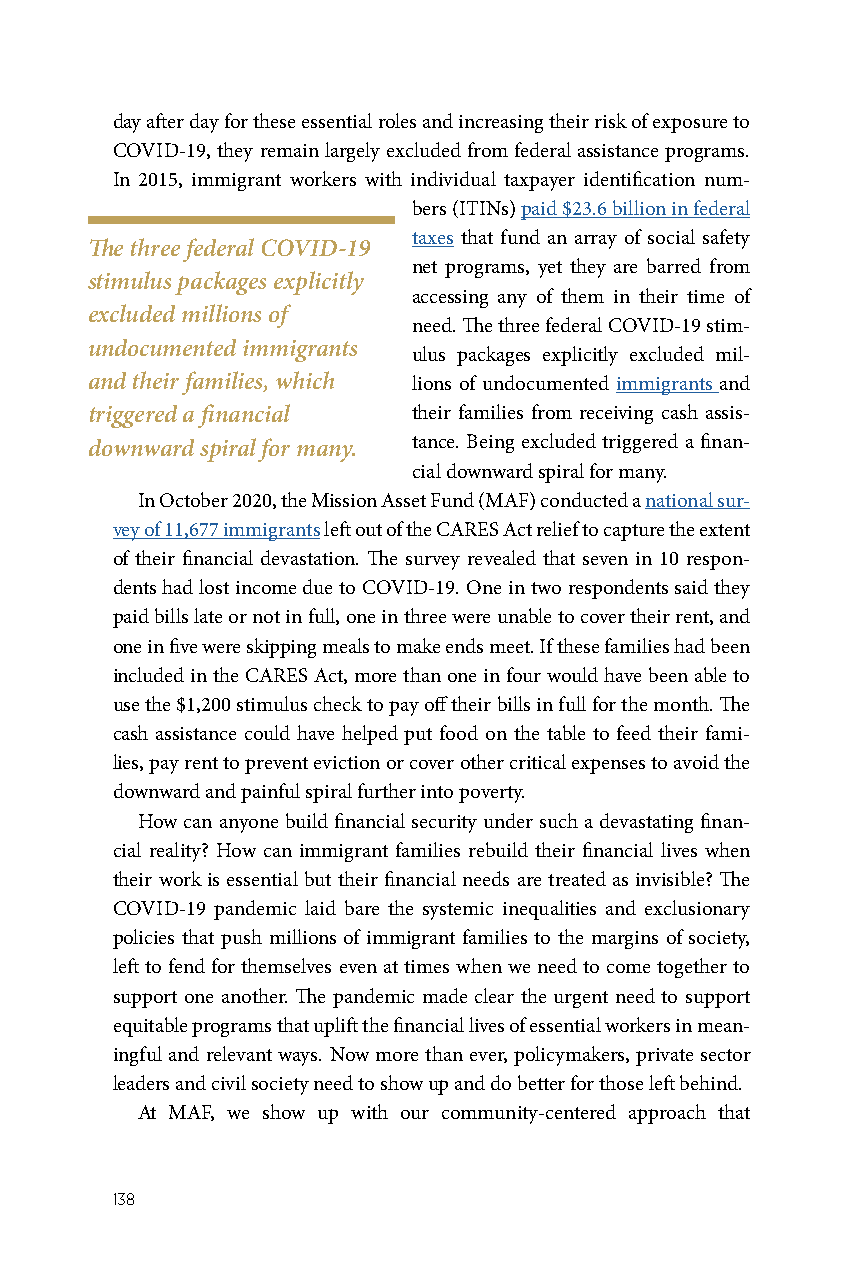
day after day for these essential roles and increasing their risk of exposure to
 COVID-19, they remain largely excluded from federal assistance programs.
 In 2015, immigrant workers with individual taxpayer identification num-
 bers (ITINs) paid $23.6 billion in federal
 taxes that fund an array of social safety
 The three federal COVID-19
 net programs, yet they are barred from
 stimulus packages explicitly
 accessing any of them in their time of
 excluded millions of
 need. The three federal COVID-19 stim-
 undocumented immigrants
 ulus packages explicitly excluded mil-
 and their families, which lions of undocumented immigrants and
 triggered a financial their families from receiving cash assis-
 downward spiral for many. tance. Being excluded triggered a finan-
 cial downward spiral for many.
 In October 2020, the Mission Asset Fund (MAF) conducted a national sur-
 vey of 11,677 immigrants left out of the CARES Act relief to capture the extent
 of their financial devastation. The survey revealed that seven in 10 respon-
 dents had lost income due to COVID-19. One in two respondents said they
 paid bills late or not in full, one in three were unable to cover their rent, and
 one in five were skipping meals to make ends meet. If these families had been
 included in the CARES Act, more than one in four would have been able to
 use the $1,200 stimulus check to pay off their bills in full for the month. The
 cash assistance could have helped put food on the table to feed their fami-
 lies, pay rent to prevent eviction or cover other critical expenses to avoid the
 downward and painful spiral further into poverty.
 How can anyone build financial security under such a devastating finan-
 cial reality? How can immigrant families rebuild their financial lives when
 their work is essential but their financial needs are treated as invisible? The
 COVID-19 pandemic laid bare the systemic inequalities and exclusionary
 policies that push millions of immigrant families to the margins of society,
 left to fend for themselves even at times when we need to come together to
 support one another. The pandemic made clear the urgent need to support
 equitable programs that uplift the financial lives of essential workers in mean-
 ingful and relevant ways. Now more than ever, policymakers, private sector
 leaders and civil society need to show up and do better for those left behind.
 At MAF, we show up with our community-centered approach that
 138